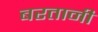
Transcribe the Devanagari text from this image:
बरतानी